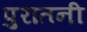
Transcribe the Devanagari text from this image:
पुरातनी